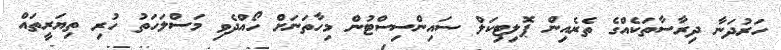
ހަރުދަނާ ދިރާސާތަކެއްގެ ތެރެއިން ޕޮލިޓިކަލް ސައިންސިސްޓުން މިހާތަނަށް ހޯއްދެވި މަސްލަހަތު ހުރި ތިޔަރީތައް